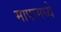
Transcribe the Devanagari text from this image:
मापामध्ये